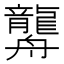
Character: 𦪿